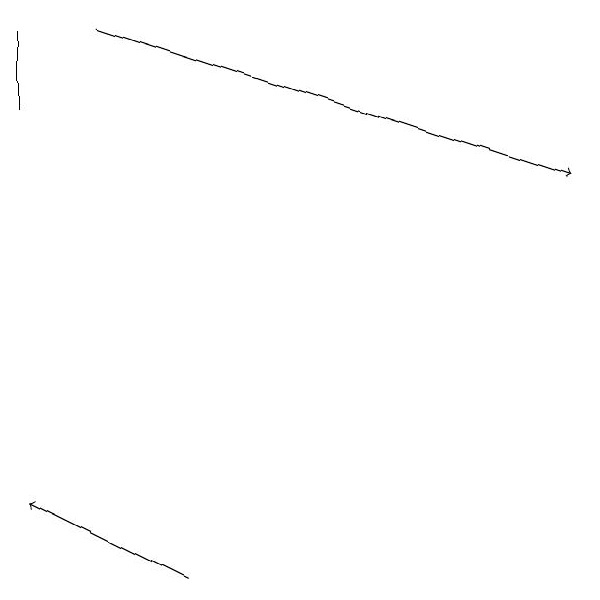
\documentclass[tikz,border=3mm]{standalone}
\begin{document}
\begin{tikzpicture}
\draw (2,18) rectangle (2,17);
\draw[->] (4,11) -- (2,12);
\draw[->] (3,18) -- (9,16);
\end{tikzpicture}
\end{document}